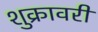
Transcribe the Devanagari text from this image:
शुक्रावरी